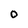
Character: O